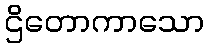
ဌိတောကာသော